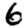
Digit: 6